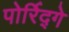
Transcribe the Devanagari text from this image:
पोर्रिद्गे